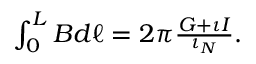
\begin{array} { r } { \int _ { 0 } ^ { L } B d \ell = 2 \pi \frac { G + \iota I } { \iota _ { N } } . } \end{array}